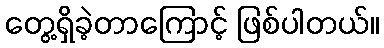
တွေ့ရှိခဲ့တာကြောင့် ဖြစ်ပါတယ်။